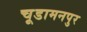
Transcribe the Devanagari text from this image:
चूडामनपुर